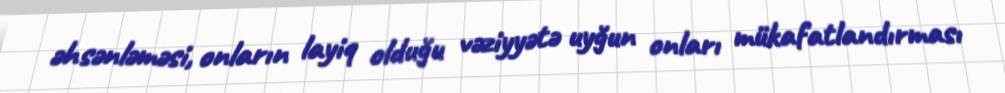
əhsənləməsi, onların layiq olduğu vəziyyətə uyğun onları mükafatlandırması